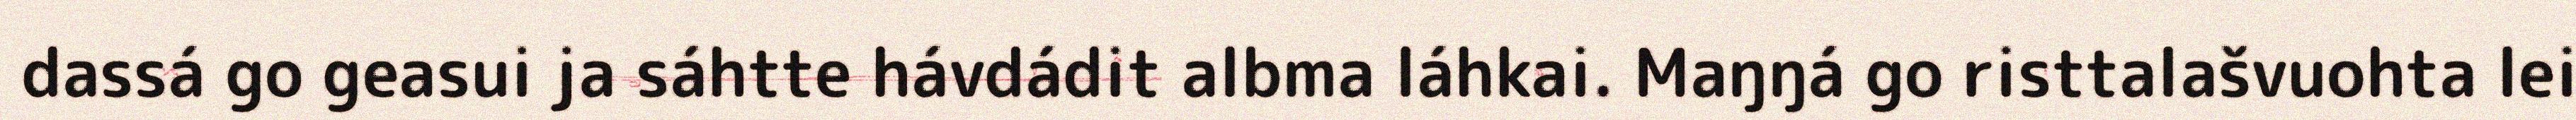
dassá go geasui ja sáhtte hávdádit albma láhkai. Maŋŋá go risttalašvuohta lei